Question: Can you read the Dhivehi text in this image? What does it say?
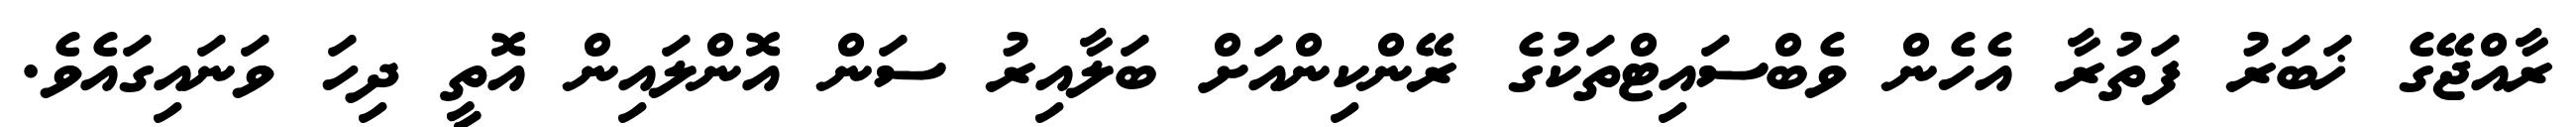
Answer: ރާއްޖޭގެ ޚަބަރު ފަތުރާ އެހެން ވެބްސައިޓްތަކުގެ ރޭންކިންއަށް ބަލާއިރު ސަން އޮންލައިން އޮތީ ދިހަ ވަނައިގައެވެ.